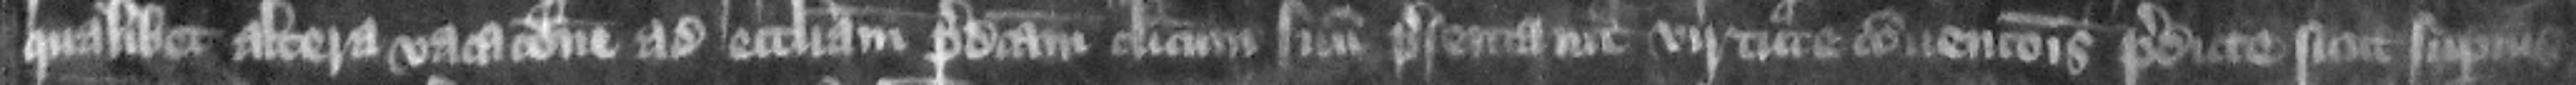
qualibet altera vacacione ad ecclesiam predictam clericum suum presentauit virtute conuencionis predicte sicut superius